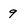
Character: 9